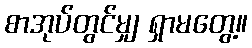
စာအုပ်တွင်မျှ ရှာမတွေ့။